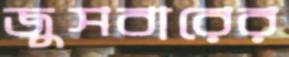
জুসবারের